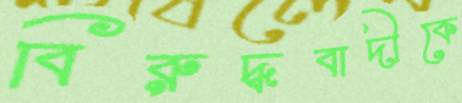
বিরুদ্ধবাদীকে